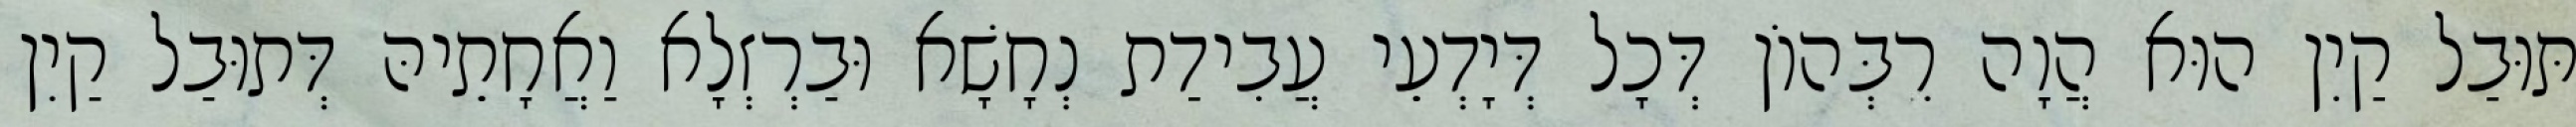
תּוּבַל קַיִן הוּא הֲוָה רִבְּהוֹן דְּכָל דְּיָדְעֵי עֲבִידַת נְחָשָׁא וּבַרְזְלָא וַאֲחָתֵיהּ דְּתוּבַל קַיִן